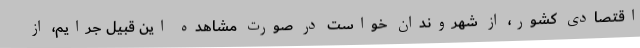
اقتصادی کشور، از شهروندان خواست در صورت مشاهده این قبیل جرایم، از